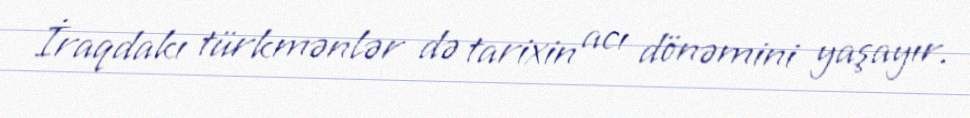
İraqdakı türkmənlər də tarixin acı dönəmini yaşayır.